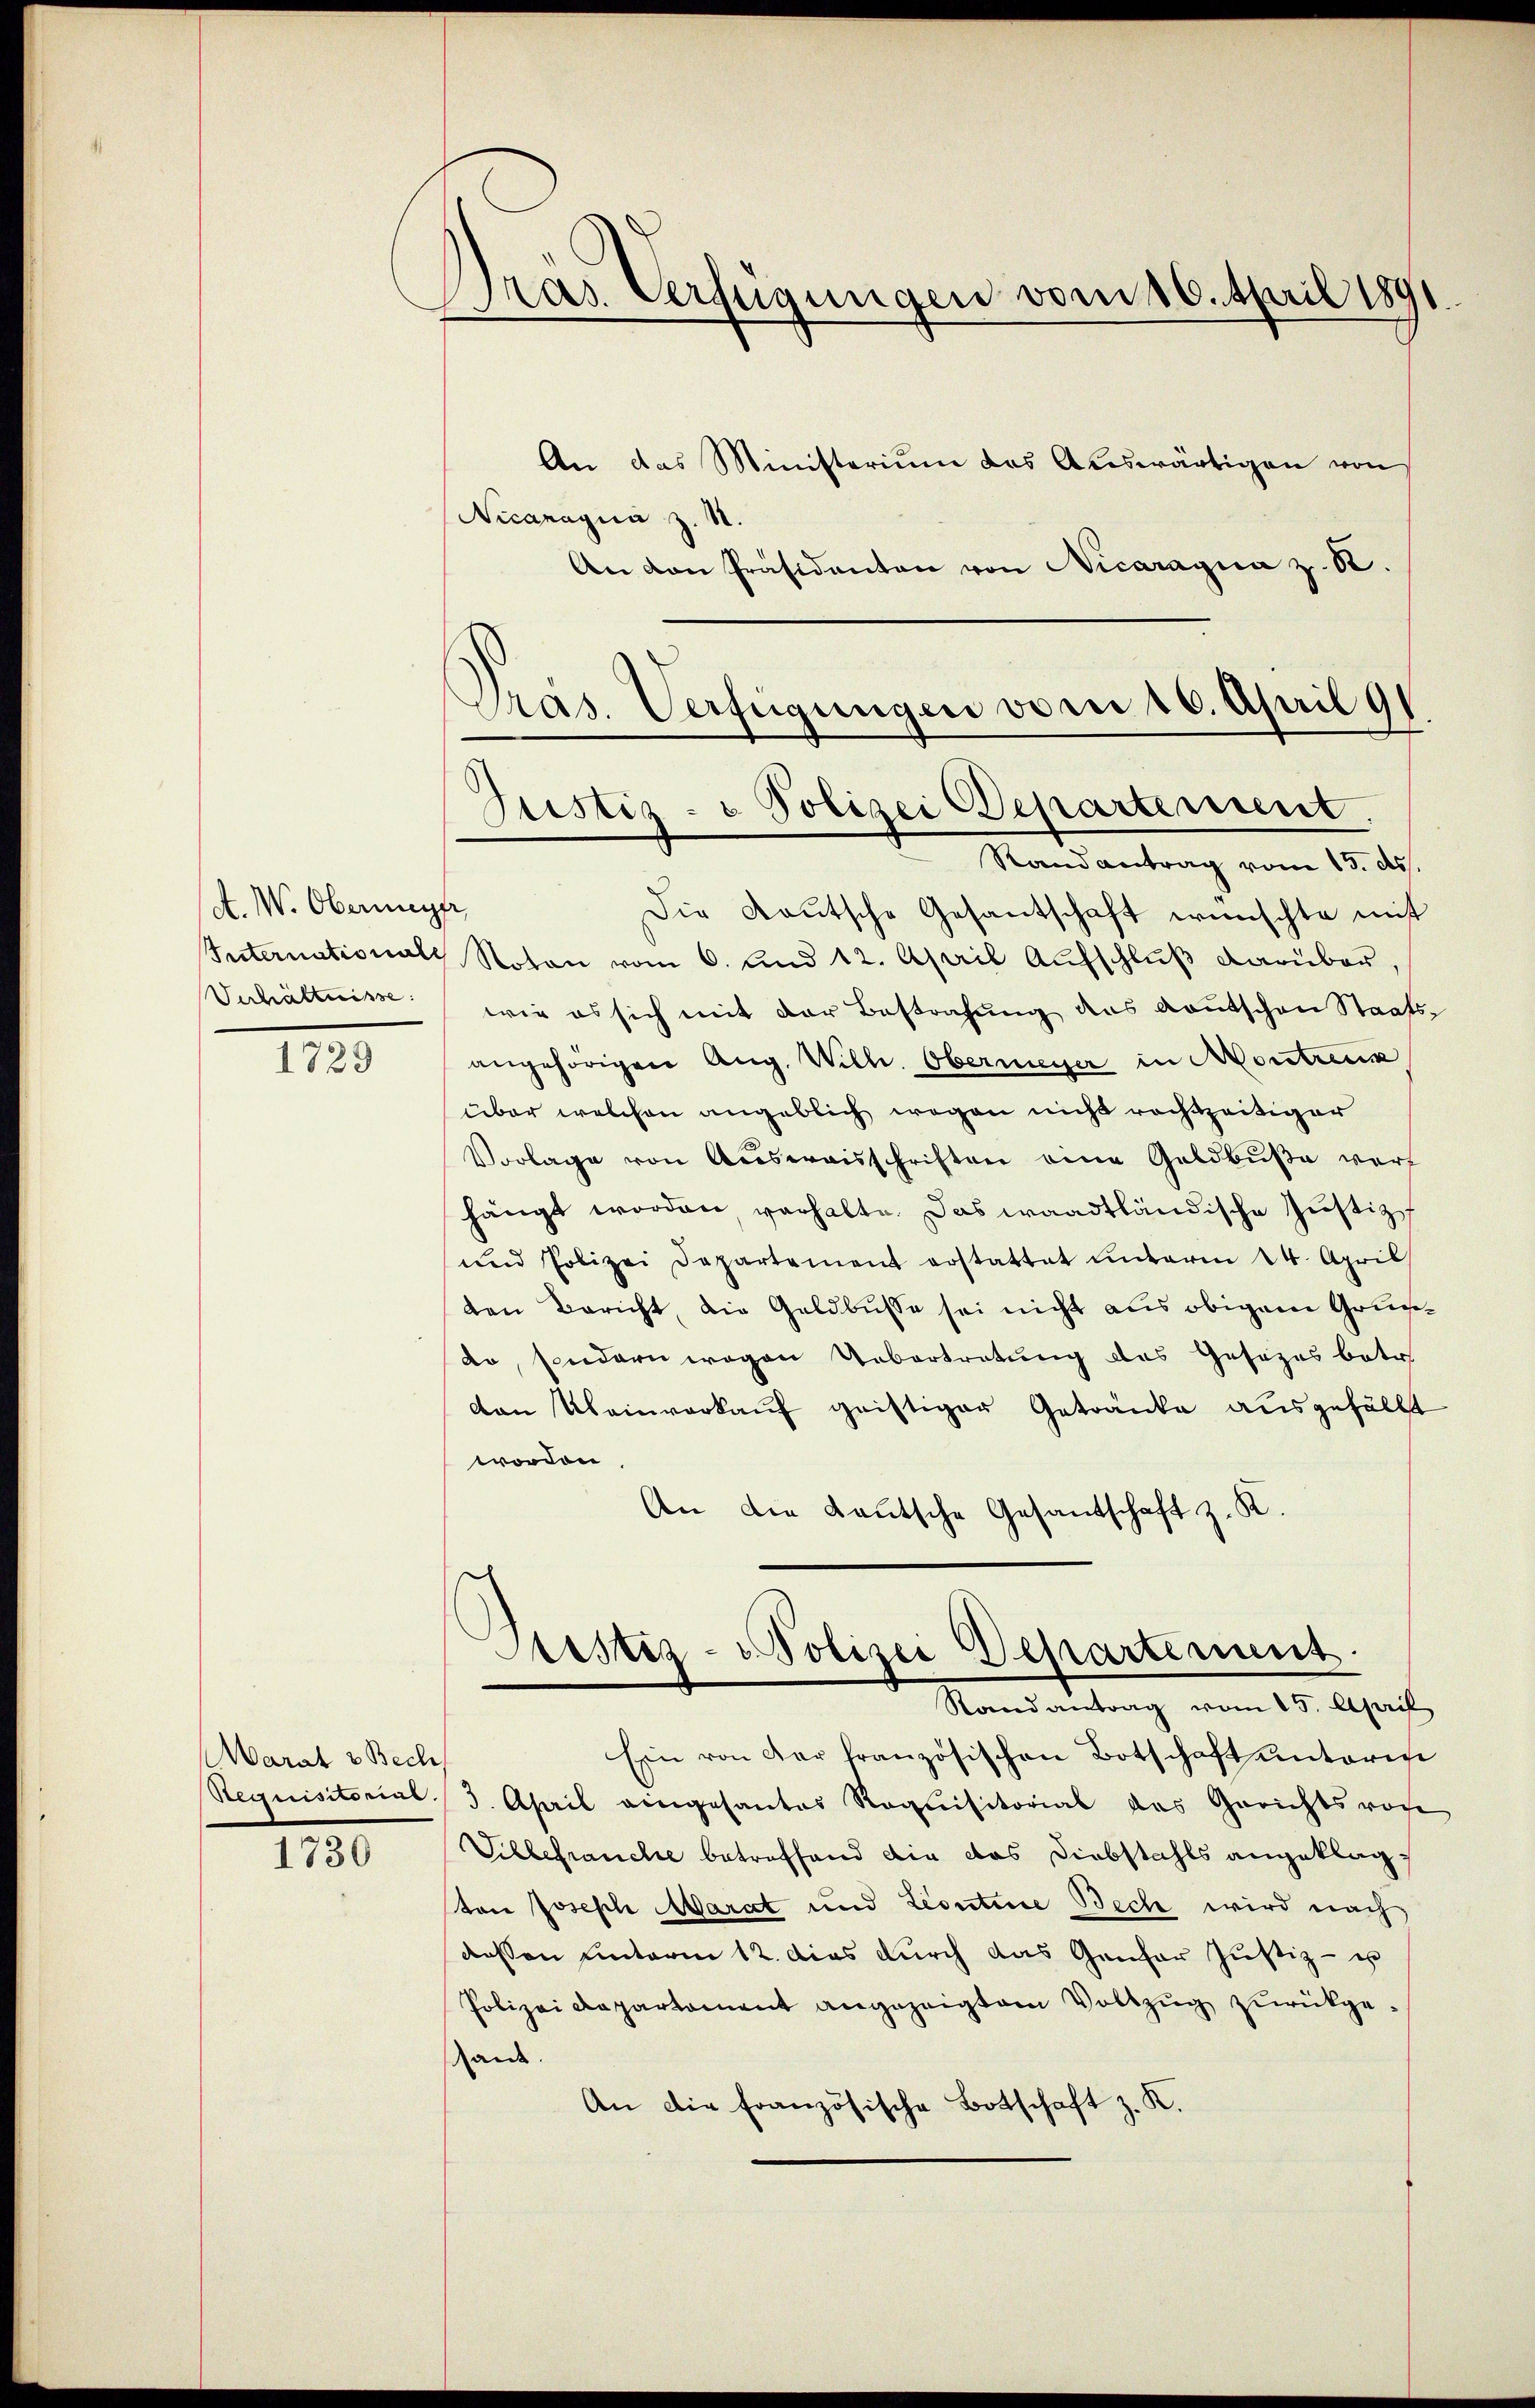
A. W. Oberni
Internationale
Verhältnisse:

1729

Marat v Bech
Requisitorene

1730

Pras Verfügungen vom 16. April 189

An das Ministerium das Auswärtigen von
Nicanagua z. S.
An den Präsidenten von Nicaragua z. 82.
Gras. Verfügungen vom 16. April 91.

Justiz- & Polizei Departement.

Randantrag vom 15. ds.
e
Die Kautsche Gesantschaft wünschte mit
Noton vom 6. und 12. April Aufschluß darüber,
wie es sich mit der Bestrafung des Kautschen Staats-
angehörigen Aug. Wilh. Obermeyer in Montreu
über welchen angeblich wegen nicht rechtzeitiger
Vorlage von Aŭsweisschriften eine Geldbuße warf
hängt worden verhalte. Das waadtländische Justiz
und Polizei Departement erstattet unterm 14. April
den Bericht, die Geldbusse sei nicht aus obigem Grundo, sondern wegen Uebertretung des Gesezes betr.
den Uneinverkauf geistiger Getränke ausgefällt
worden
An die Lautsche Gesandschaft z. K.

Aristiz-Polizei Departement.
Stand antrag vom 15. April

Ein von der französischen Botschaft unterm
3. April angesantes Requisitorial das Gerichtsvoge
Silbefranche betreffend die das Diebstahls angeklagton Joseph Marat und Leontine Bech wird nach,
dessen unterm 12. das durch das Genfer Justiz- u
Polizei Repartament angezeigtem Vollzŭg zŭrückgeande
An die Französische Botschaft z. K.